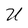
Character: U